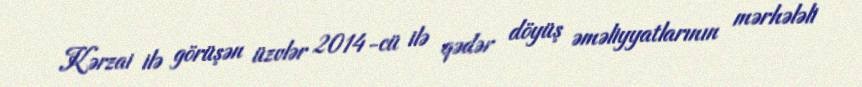
Kərzai ilə görüşən üzvlər 2014-cü ilə qədər döyüş əməliyyatlarının mərhələli